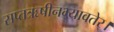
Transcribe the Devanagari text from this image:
सप्तऋषीनभ्यावतेर्।